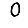
Digit: 0